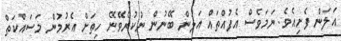
އަލަން ފެށިއެވެ. ނަމަވެސް އެފުއްތައް އަލުން ބޭނުން ނުކުރެވޭނޭ ހިތަށް އެރުމުން މަސައްކަތް